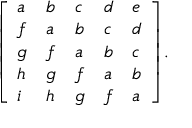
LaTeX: { \left[ \begin{array} { l l l l l } { a } & { b } & { c } & { d } & { e } \\ { f } & { a } & { b } & { c } & { d } \\ { g } & { f } & { a } & { b } & { c } \\ { h } & { g } & { f } & { a } & { b } \\ { i } & { h } & { g } & { f } & { a } \end{array} \right] } .